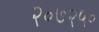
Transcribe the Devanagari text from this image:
२०७२५०